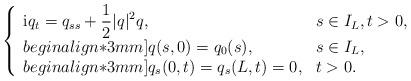
LaTeX: \begin{align*}\left\{\begin{array}{ll}\displaystyle{\rm i}q_{t}=q_{ss}+\frac{1}{2}\lvert q\rvert^{2}q, & s\in I_{L},t>0, \\begin{align*}3mm]q(s,0)=q_{0}(s), & s\in I_{L}, \\begin{align*}3mm]q_{s}(0,t)=q_{s}(L,t)=0, & t>0. \end{array}\right.\end{align*}